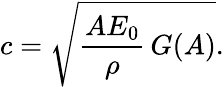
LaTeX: c=\sqrt{\frac{AE_{0}}{\rho}\, G(A)}.